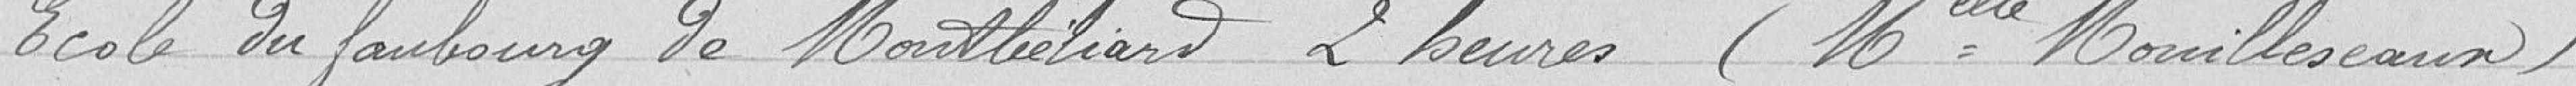
Ecole du Faubourg de Montbéliard 2 heures (Mlle Mouilleseaux)